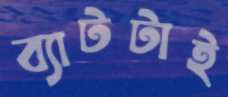
ব্যাটটাই